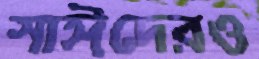
সাঈদেরও